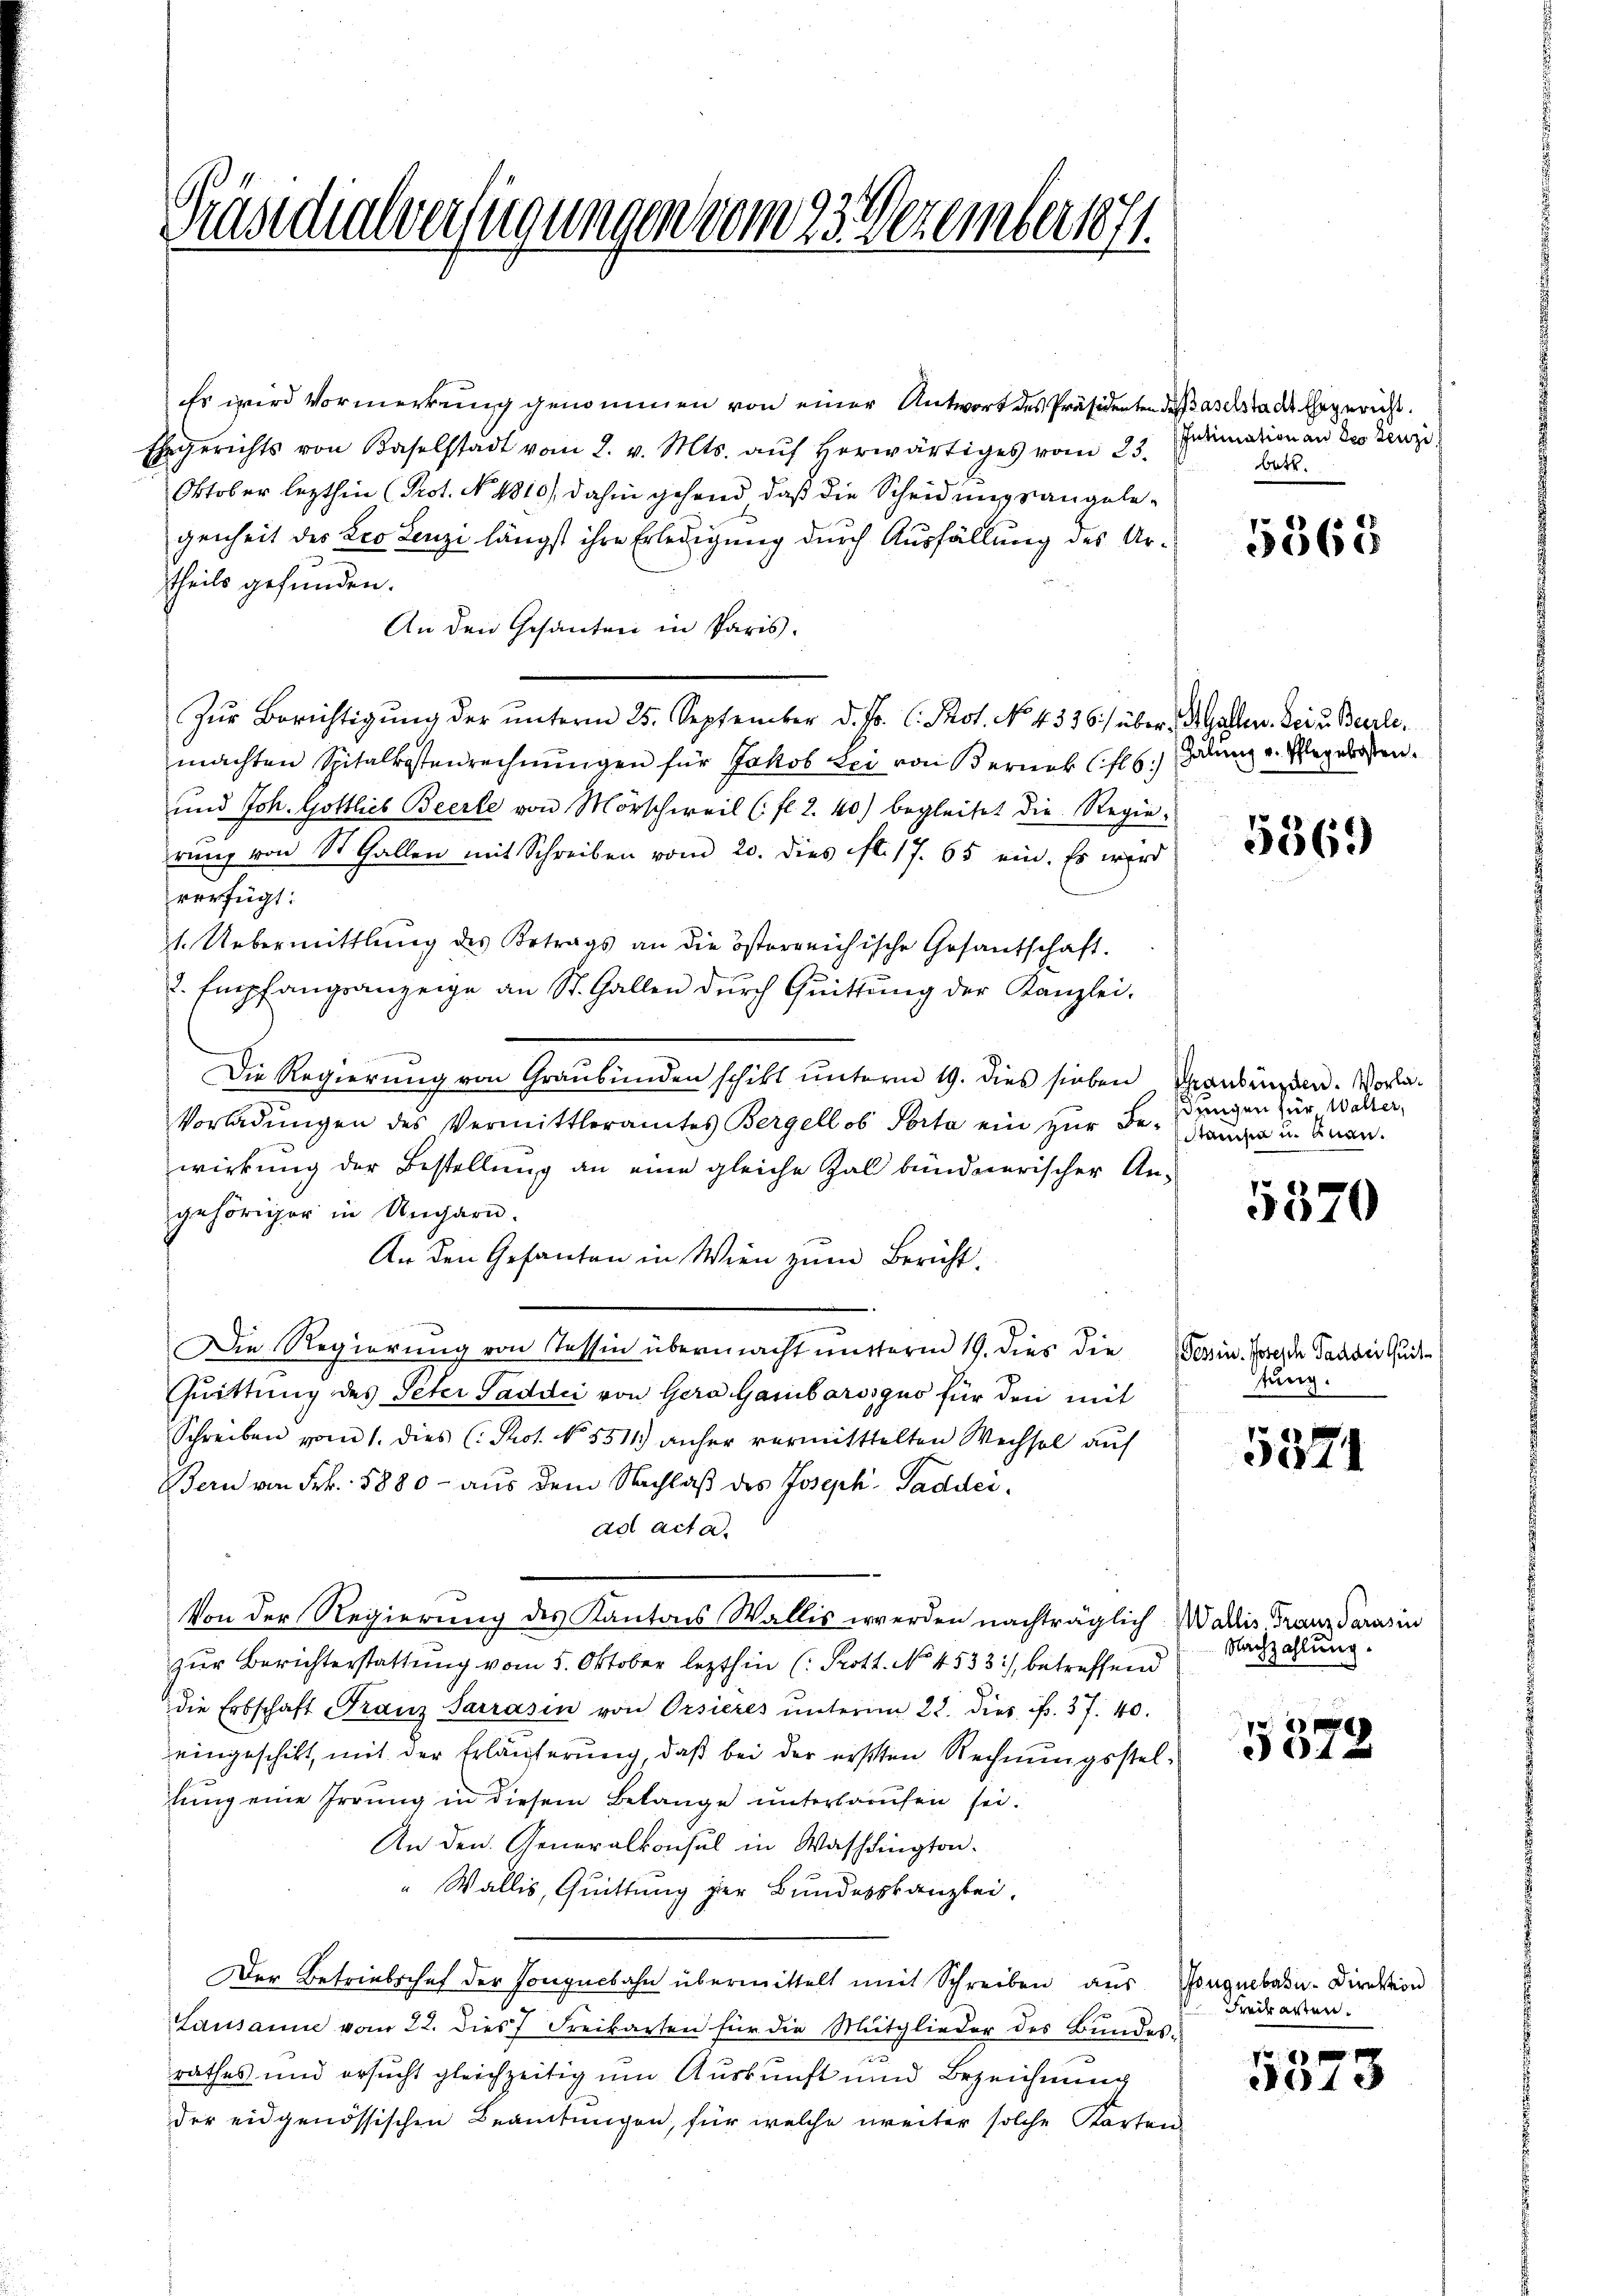
Präsidialverfügungen vom 23. Dezember 1871.

Es wird Vormerkung genommen von einer Antwort des Präsidenten des Baselstadt Ehegericht.
Ehegerichts von Baselstadt vom 2. v. Mts. aŭf herwärtiges vom 23.
Oktober lezthin (Prot. No. 1810), dahin gehend daß die Scheidung sangelegenheit des Leo Lenzi längst ihre Erledigung durch Ausfällung des Urtheils gefunden.
An den Gesanten in Paris.
Zŭr Berichtigŭng der ŭnterm 25. September d. Js. C. Prot. No 4536) über erfallen. Dein Berlemachten Spitalkostenrechnŭngen für Jakob Lei von Berner (fl6.) Habung u. Ehegelosten.
und Joh. Gottlich Beerte von Mörschweil (fl. 2. 40) begleitet die Regie-
rŭng von St. Gallen mit Schreiben vom 20. dies ist. 17. 65 ein. Es wird
verfügt:
1. Uebermittlung des Betrags an die österreichische Gesantschaft.
2. Empfangsanzeige an St. Gallen durch Quittung der Kanzlei-
.
Die Regierung von Graubünden schikt unterm 19. dies sieben Graubünden. Vorla¬
Vorladungen des Vermittleramtes Bergellob Porta ein zur Bestanden u. einanwirkung der Bestellung an eine gleiche Zal bündnerischer An-
gehöriger in Ungarn.
An den Gesanten in Wien zum Bericht.
Die Regierung von Tessin übermacht mutterm 19. dies die (Tessin. Joseph Pander Quit
Quittung des Peter Paddii von Herr Gamborosquo für den mit
Schreiben vom 1. dies (Prot. No. 5511) anher vermittelten Wechsel auf
Bern von Frk. 1880 - aus dem Nachlaß des Joseph-Paddeiad acta.
Von der Regierung des Kantons Wallis werden nachträglich. Wallis Franz Parasin
zur Berichterstattung vom 5. Oktober lezthin (: Prott. No. 4533), betreffend
die Erbschaft Franz Sarrasin von Orsieres ŭnterm 22. dies fr. 37. 40.
eingeschikt, mit der Erläuferung, daß bei der ersten Rechnungsstellung eine Irrung in diesem Belange unterlaufen sei.
An den Generalkonsul in Washington
" Wallis, Quittung der Bundeskanzlei,
Der Betriebschaf der Tonguebahn übermittelt mit Schreiben aus
Lausanne vom 22. dies Freikarten für die Mitglieder des Bundes-
rathes und ersucht gleichzeitig um Auskunft und Bezeichnung
der eidgenössischen Beamtungen, für welche weiter solche Karten

Intimation an des Lenz
Barb.

5368

5369

dungen für Walter,

5370

tung.

5371

Nachzahlung.

5012

onguebahn-Direktion
Freibarten.

6 f 0 x
19